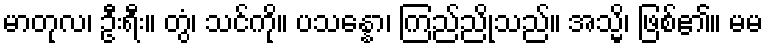
မာတုလ၊ ဦးရီး။ တွံ၊ သင်ကို။ ပသန္နော၊ ကြည်ညိုသည်။ အသ္မိ၊ ဖြစ်၏။ မမ